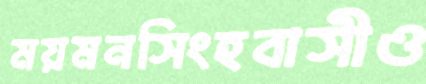
ময়মনসিংহবাসীও